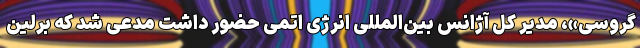
گروسی»، مدیر کل آژانس بین‌المللی انرژی اتمی حضور داشت مدعی شد که برلین